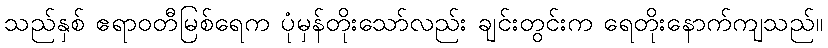
သည်နှစ် ဧရာဝတီမြစ်ရေက ပုံမှန်တိုးသော်လည်း ချင်းတွင်းက ရေတိုးနောက်ကျသည်။